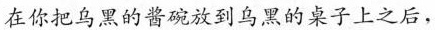
在你把乌黑的酱碗放到乌黑的桌子上之后，